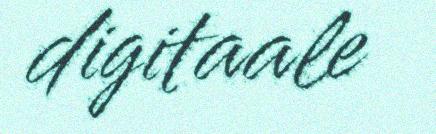
digitaale